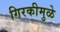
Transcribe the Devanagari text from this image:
गिरकीमुळे